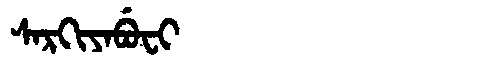
Manchu: ᠰᠠᡵᡴᡳᠶᠠᠪᡠᠸᡳ
Romanization: SARKIYABUFI